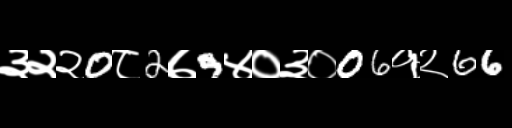
Text: ३२२0८2७9४०३०06१२66